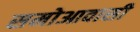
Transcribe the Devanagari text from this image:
समोआवासी